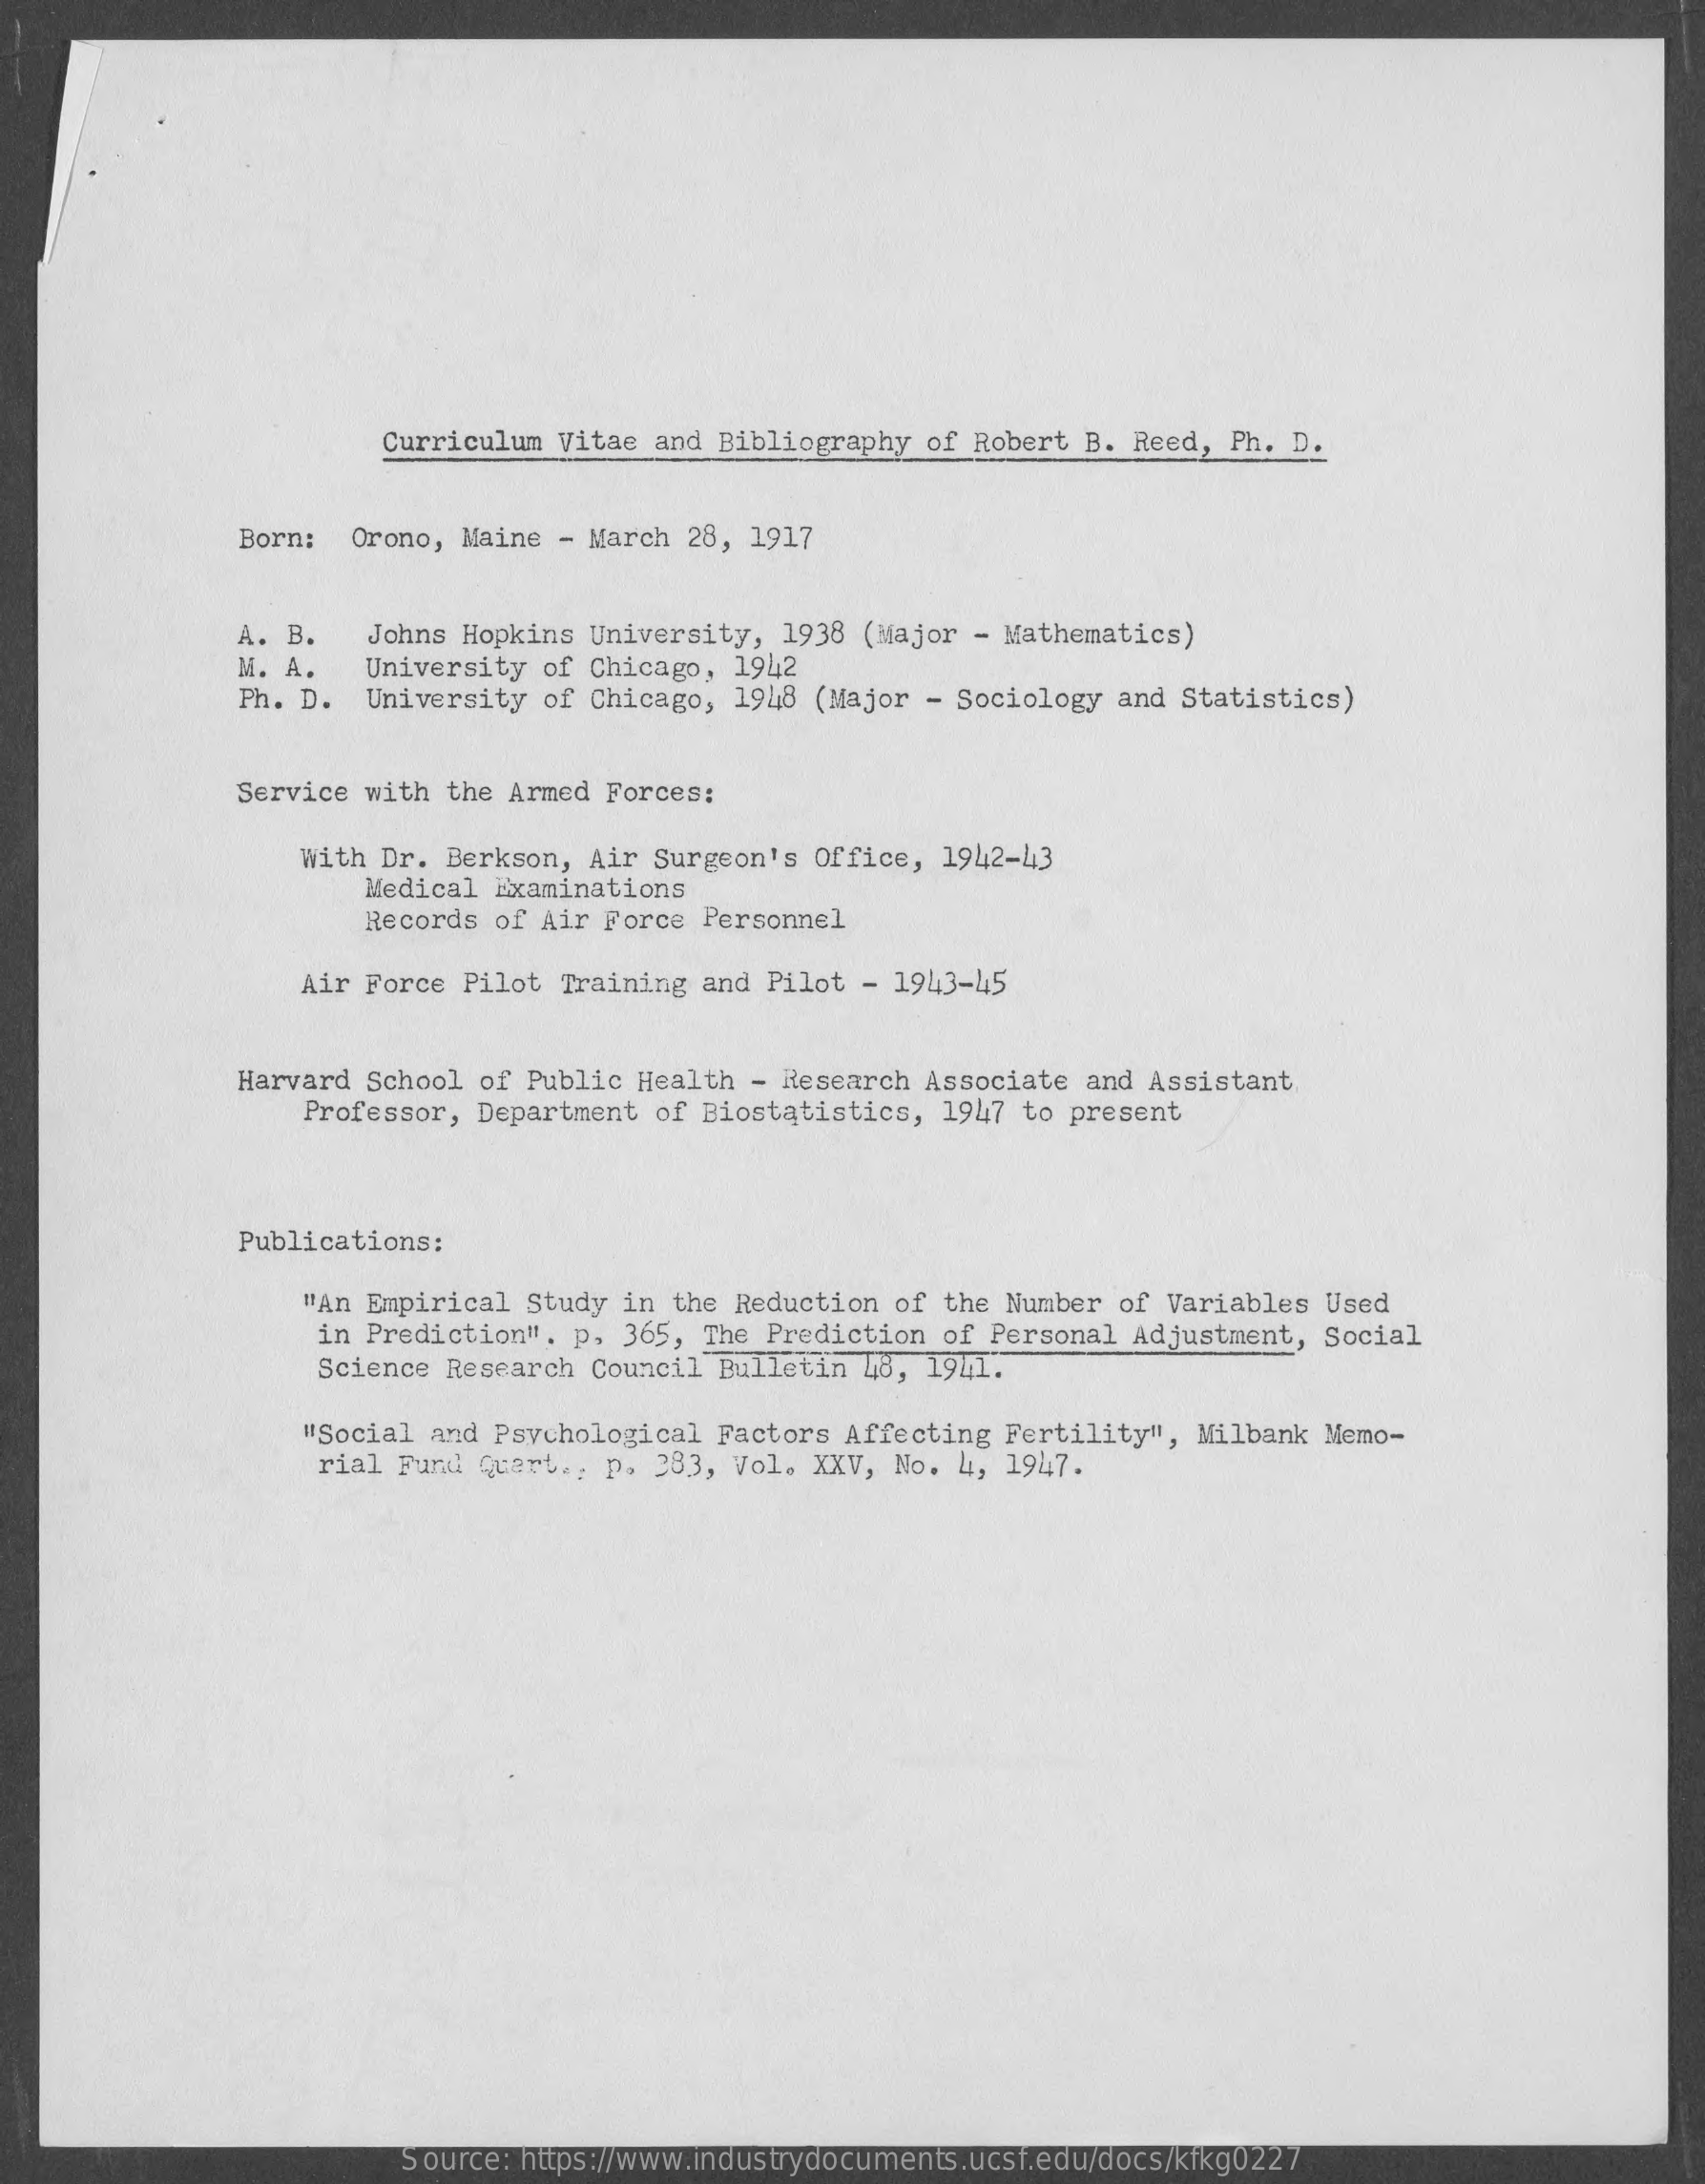
Curriculum Vitae and Bibliography of Robert B. Reed, Ph. D.
     Born: Orono, Maine - March 28, 1917
     A. B.  Johns Hopkins University, 1938 (Major - Mathematics)
     M. A.  University of Chicago, 1942
     Ph. D. University of Chicago, 1948 (Major - Sociology and Statistics)
     Service with the Armed Forces:
     With Dr. Berkson, Air Surgeon's Office, 1942-43
     Medical Examinations
     Records of Air Force Personnel
     Air Force Pilot Training and Pilot - 1943-45
     Harvard School of Public Health - Research Associate and Assistant
     Professor, Department of Biostatistics, 1947 to present
     Publications:
     "An Empirical Study in the Reduction of the Number of Variables Used
     in Prediction". p. 365, The Prediction of Personal Adjustment, Social
     Science Research Council Bulletin 48, 1941.
     "Social and Psychological Factors Affecting Fertility", Milbank Memo-
     rial Fund Quart ., p. 283, Vol. XXV, No. 4, 1947.
     Source: https://www.industrydocuments.ucsf.edu/docs/kfkg0227